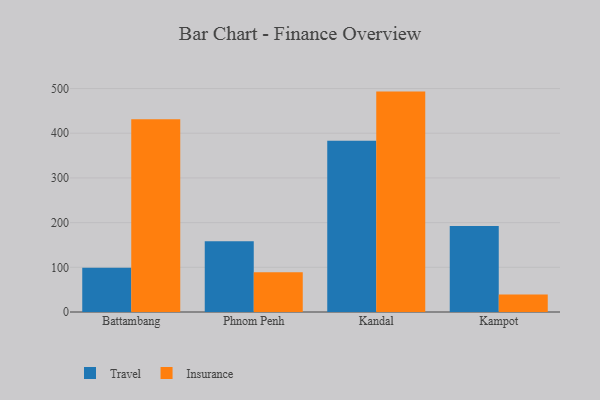
{"axis": {"x": "City", "y": "Budget (USD K)"}, "legend": ["Insurance", "Travel"], "data": [{"x": "Battambang", "y": 98.8, "type": "Travel"}, {"x": "Battambang", "y": 431.1, "type": "Insurance"}, {"x": "Phnom Penh", "y": 158.5, "type": "Travel"}, {"x": "Phnom Penh", "y": 88.7, "type": "Insurance"}, {"x": "Kandal", "y": 382.9, "type": "Travel"}, {"x": "Kandal", "y": 493.1, "type": "Insurance"}, {"x": "Kampot", "y": 192.5, "type": "Travel"}, {"x": "Kampot", "y": 39.4, "type": "Insurance"}]}